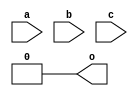
module AL_MAP_LUT3 (
	output o,
	input a,
	input b,
	input c
);
	parameter [7:0] INIT = 8'h0;
	parameter EQN = "(A)";
	wire [3:0] s2 = c ? INIT[ 7:4] : INIT[3:0];
	wire [1:0] s1 = b ?   s2[ 3:2] :   s2[1:0];
	assign o = a ? s1[1] : s1[0];	
endmodule